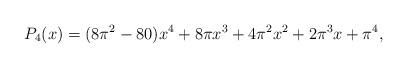
LaTeX: \begin{align*}P_4(x)=(8\pi^2-80)x^4+8\pi x^3+4\pi^2 x^2+2\pi^3 x+\pi^4,\end{align*}